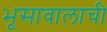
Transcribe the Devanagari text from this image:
भूसावालाची